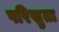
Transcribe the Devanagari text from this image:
परिस्रुता